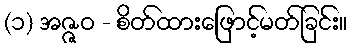
(၁) အဇ္ဇဝ - စိတ်ထားဖြောင့်မတ်ခြင်း။